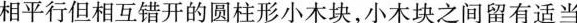
相平行但相互错开的圆柱形小木块，小木块之间留有适当